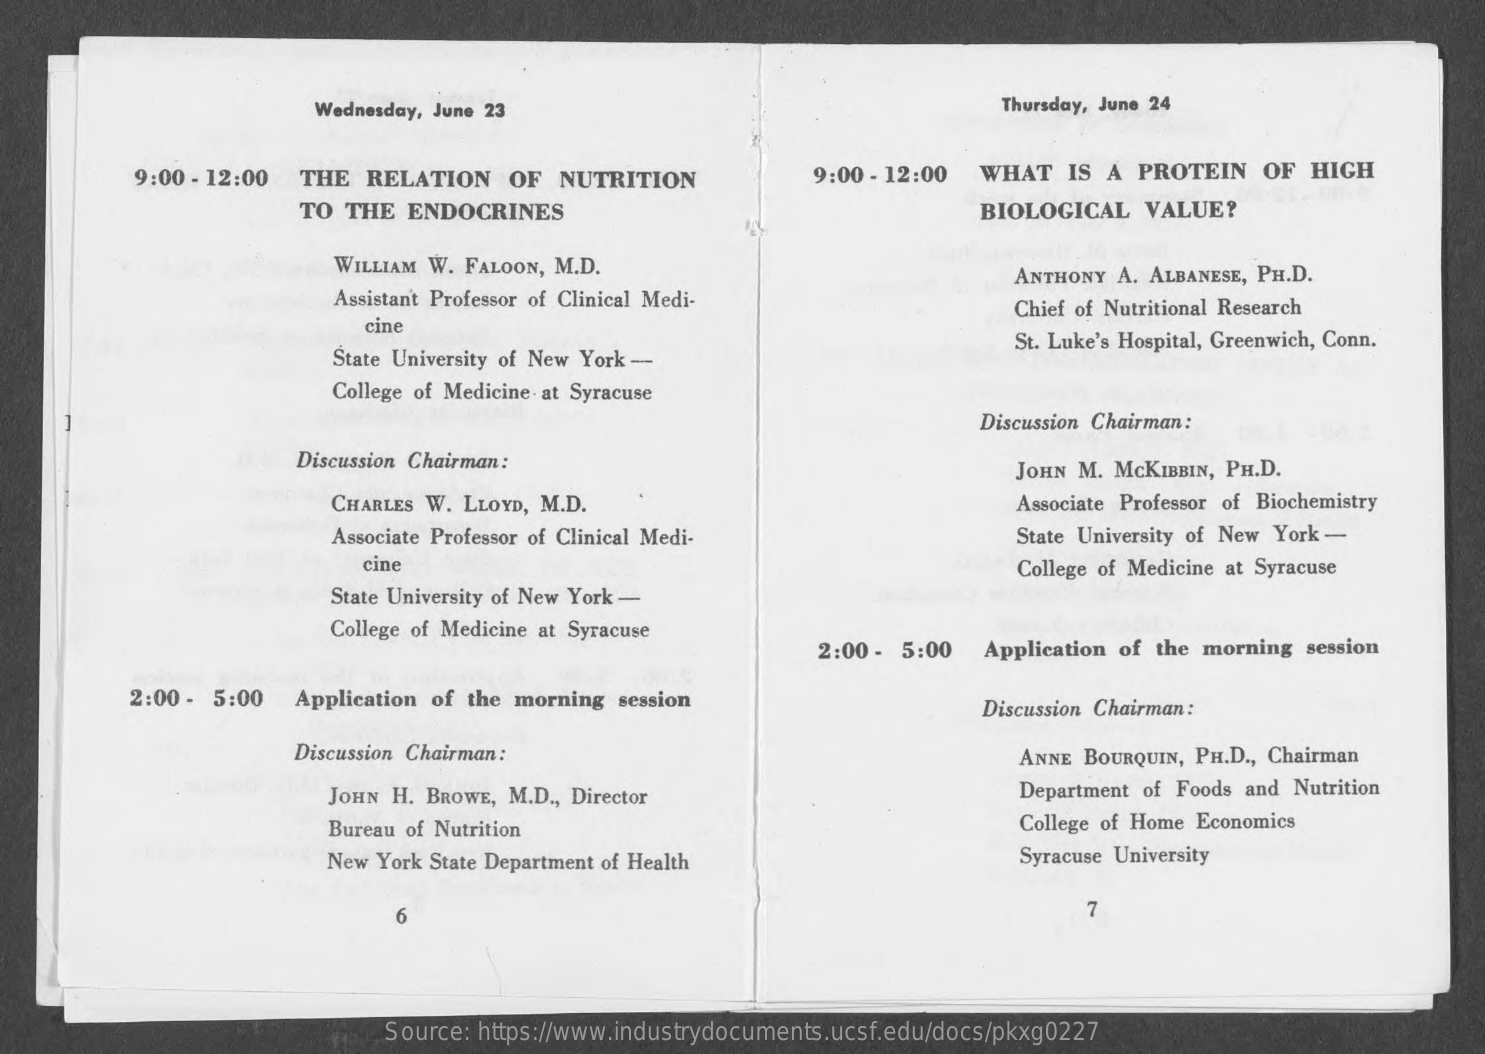
Wednesday, June 23    Thursday, June 24
     9:00 - 12:00 THE RELATION OF NUTRITION 9:00 - 12:00 WHAT IS A PROTEIN OF HIGH
     TO THE ENDOCRINES    BIOLOGICAL VALUE?
     WILLIAM W. FALOON, M.D.
     Assistant Professor of Clinical Medi-
     ANTHONY A. ALBANESE, PH.D.
     Chief of Nutritional Research
     cine
     State University of New York ---
     St. Luke's Hospital, Greenwich, Conn.
     College of Medicine at Syracuse
     Discussion Chairman:
     Discussion Chairman:    JOHN M. MCKIBBIN, PH.D.
     CHARLES W. LLOYD, M.D.    Associate Professor of Biochemistry
     Associate Professor of Clinical Medi- State University of New York -
     cine    College of Medicine at Syracuse
     State University of New York -
     College of Medicine at Syracuse
     2:00 - 5:00 Application of the morning session
     2:00 - 5:00 Application of the morning session Discussion Chairman :
     Discussion Chairman:    ANNE BOURQUIN, PH.D ., Chairman
     JOHN H. BROWE, M.D ., Director    Department of Foods and Nutrition
     Bureau of Nutrition    College of Home Economics
     New York State Department of Health Syracuse University
     6    7
     Source: https://www.industrydocuments.ucsf.edu/docs/pkxg0227